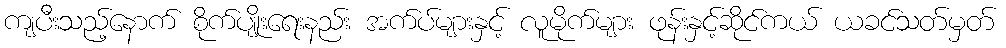
ကျပီးသည့်နောက် စိုက်ပျိုးရေးနည်း အက်ပ်များနှင့် လူမိုက်များ ဖုန်းနှင့်ဆိုင်ကယ် ယခင်သတ်မှတ်